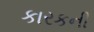
કારકની